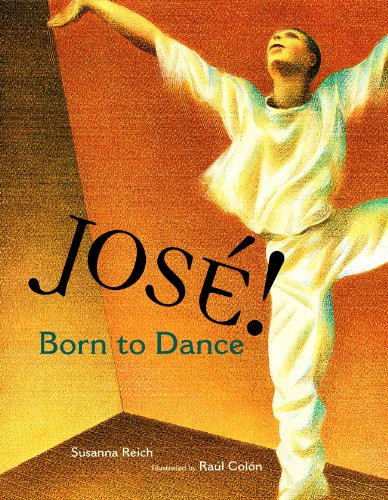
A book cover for Jose! Born to Dance: The Story of Jose Limon (Tomas Rivera Mexican-American Children's Book Award (Awards)); Susanna Reich; Children's Books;